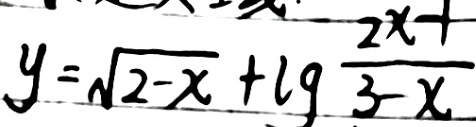
y = \sqrt { 2 - x } + \lg \frac { 2 x - 1 } { 3 - x }